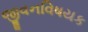
જીવનવિષયક